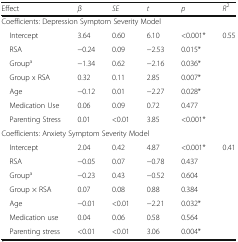
| Effect | β | SE | t | p | R2 |
 | --- | --- | --- | --- | --- | --- |
 | <COLSPAN=6> Coefficients: Depression Symptom Severity Model |
 | Intercept | 3.64 | 0.60 | 6.10 | <0.001* | <ROWSPAN=7> 0.55 |
 | RSA | −0.24 | 0.09 | −2.53 | 0.015* |
 | Groupa | −1.34 | 0.62 | −2.16 | 0.036* |
 | Group x RSA | 0.32 | 0.11 | 2.85 | 0.007* |
 | Age | −0.12 | 0.01 | −2.27 | 0.028* |
 | Medication Use | 0.06 | 0.09 | 0.72 | 0.477 |
 | Parenting Stress | 0.01 | <0.01 | 3.85 | <0.001* |
 | <COLSPAN=6> Coefficients: Anxiety Symptom Severity Model |
 | Intercept | 2.04 | 0.42 | 4.87 | <0.001* | <ROWSPAN=7> 0.41 |
 | RSA | −0.05 | 0.07 | −0.78 | 0.437 |
 | Groupa | −0.23 | 0.43 | −0.52 | 0.604 |
 | Group × RSA | 0.07 | 0.08 | 0.88 | 0.384 |
 | Age | −0.01 | <0.01 | −2.21 | 0.032* |
 | Medication use | 0.04 | 0.06 | 0.58 | 0.564 |
 | Parenting stress | <0.01 | <0.01 | 3.06 | 0.004* |